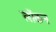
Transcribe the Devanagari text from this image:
लोंकन